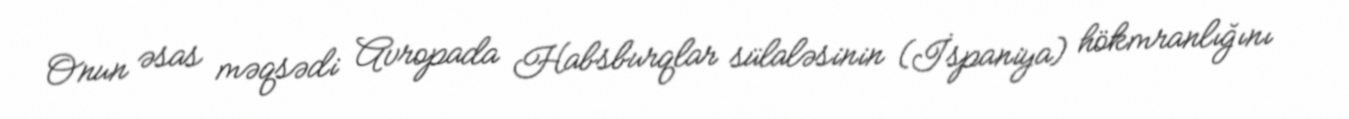
Onun əsas məqsədi Avropada Habsburqlar sülaləsinin (İspaniya) hökmranlığını